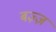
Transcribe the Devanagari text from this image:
बज़्ज़